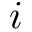
i